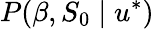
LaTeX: P(\beta,S_{0}\mid u^{*})